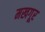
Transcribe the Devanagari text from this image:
मखगूर